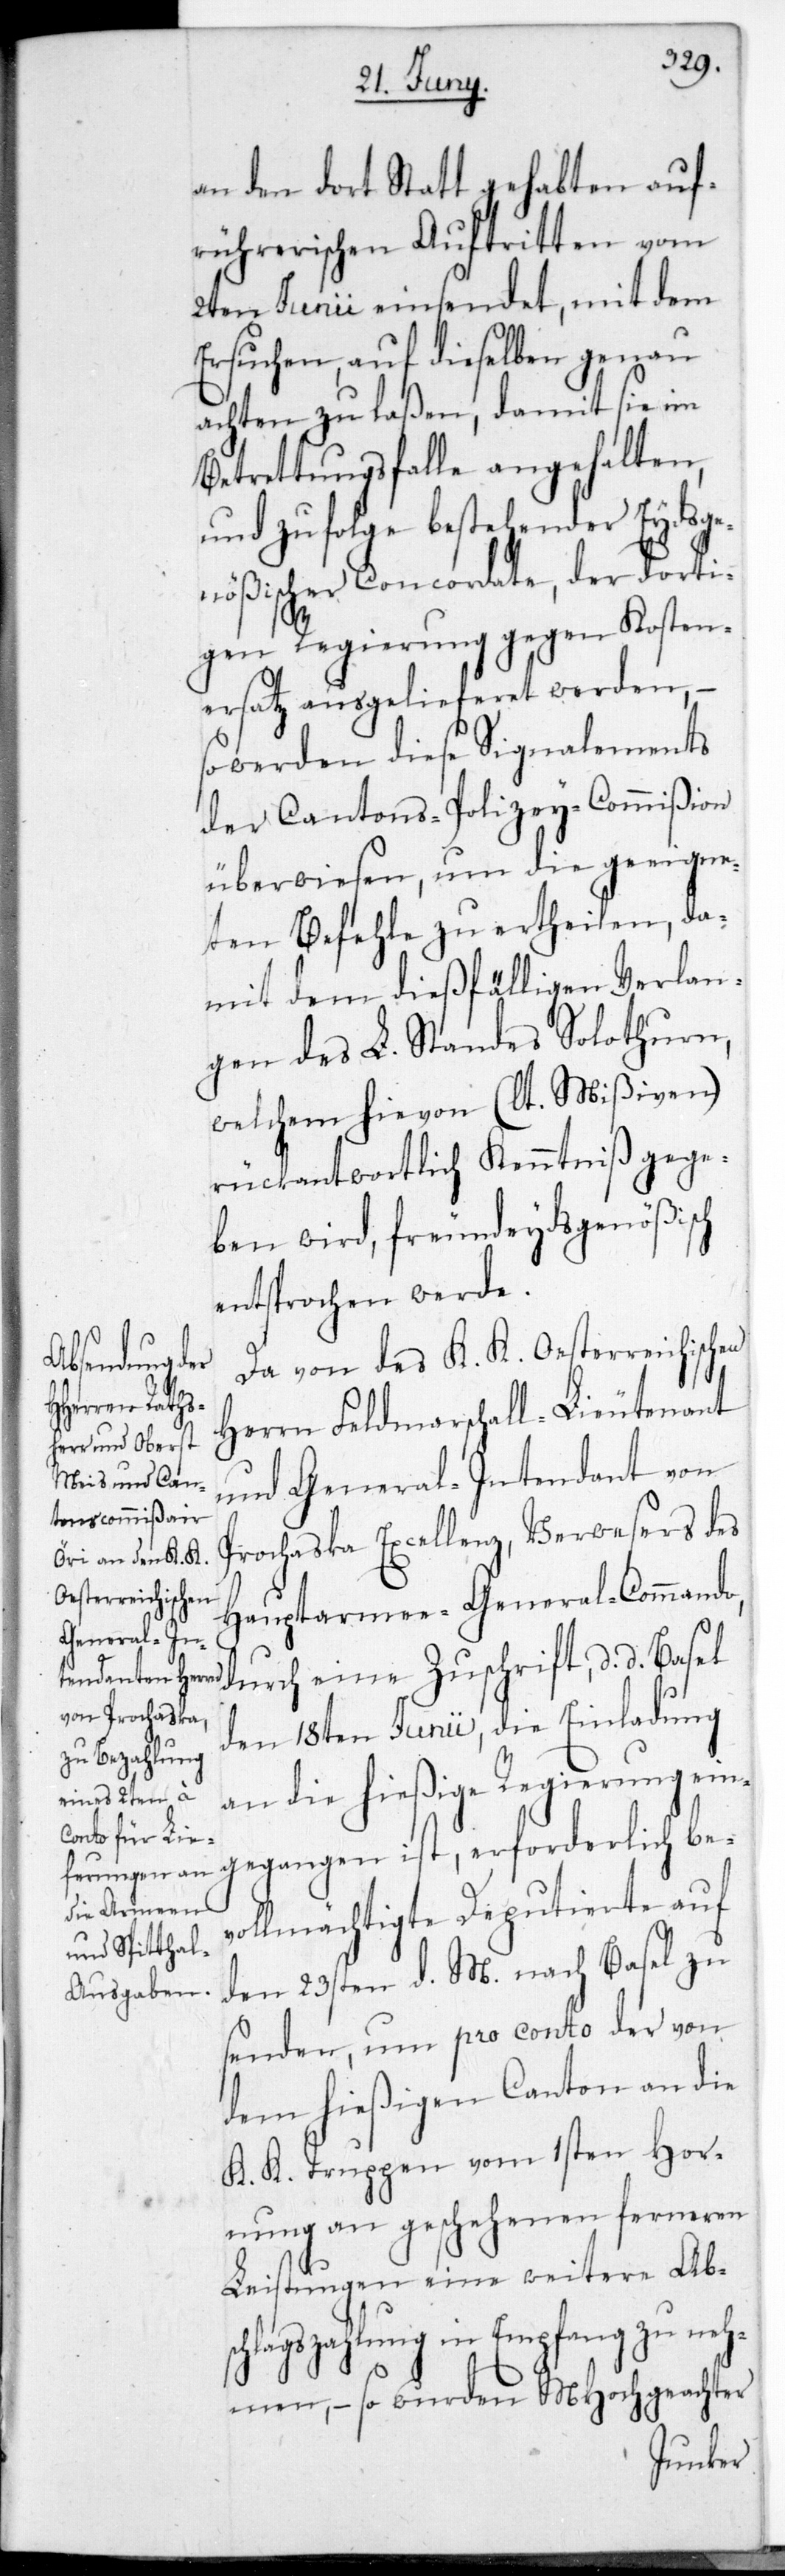
an den dort stattgehabten auf¬
rührerischen Auftritten vom
2ten Junii einsendet, mit dem
Ersuchen, auf dieselben genau
achten zu laßen, damit sie im
Betretungsfalle angehalten,
und zufolge bestehender Eydsge¬
nößischer Concordate, der dorti¬
gen Regierung gegen Kosten¬
ersatz ausgelieferet werden,
so werden diese Signalements
der Cantons-Polizey-Commißion
überwiesen, um die geeigne¬
ten Befehle zu ertheilen, da¬
mit dem dießfälligen Verlan¬
gen des L. Standes Solothurn,
welchem hievon (lt. Mißiven)
rückantwortlich Kenntniß gege¬
ben wird, freundeydsgenößisch
entsprochen werde.
Da von des K. K. Oesterreichischen
Herrn Feldmarschall-Lieutenant
und General-Intendant von
Prochsaka Excellenz, Verwesers des
Hauptarmee-General-Commando,
durch eine Zuschrift, datiert
den 18ten Junii, die Einladung
an die hießige Regierung ein¬
gegangen ist, erforderlich bev¬
ollmächtigte Deputierte auf
den 23sten d. M. nach Basel zu
senden, um pro conto der von
dem hießigen Canton an die
K. K. Truppen vom 1sten Hor¬
nung an geschehenen ferneren
Leistungen eine weitere Ab¬
schlagszahlung in Empfang zu neh¬
men, – so wurden MHochgeachter